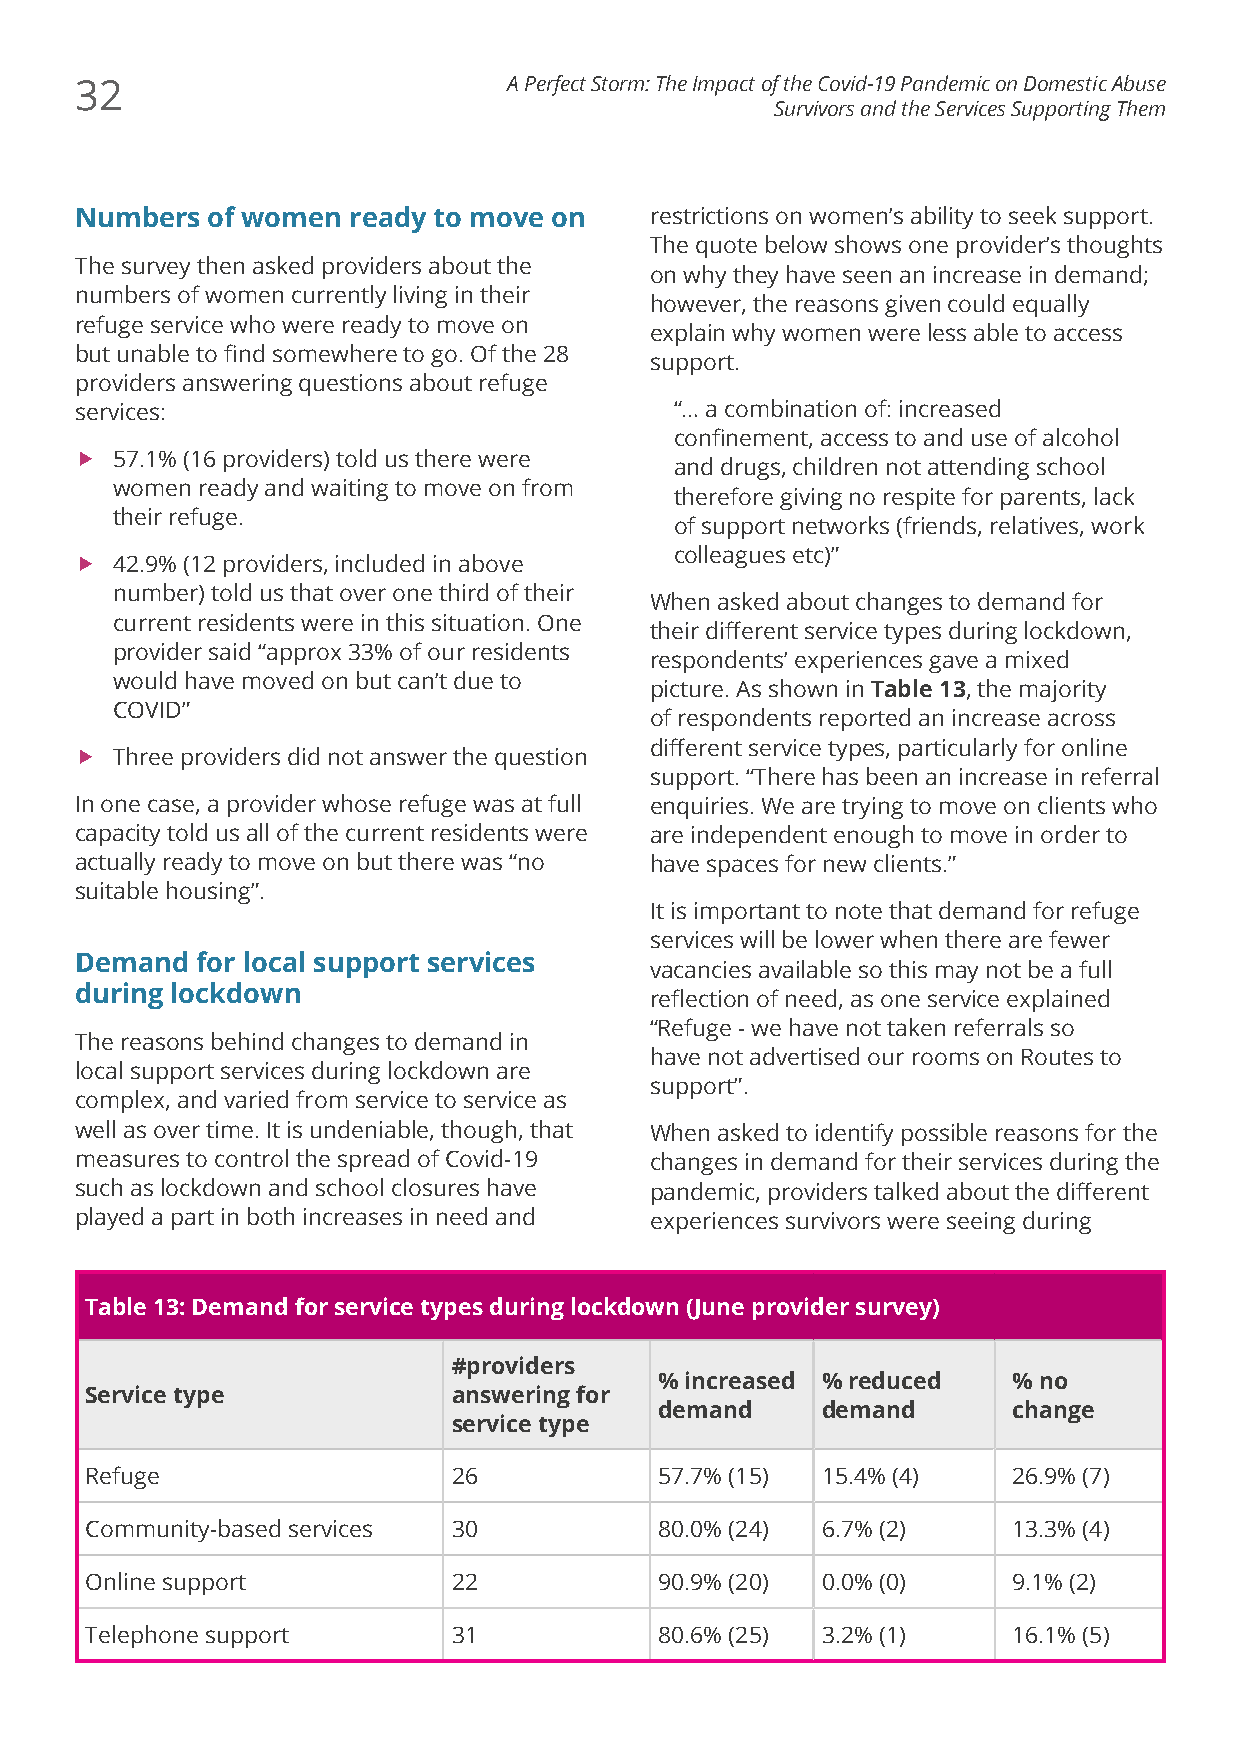
32                           A Perfect Storm: The Impact of the Covid-19 Pandemic on Domestic Abuse
 Survivors and the Services Supporting Them
 Numbers  of women ready to move on    restrictions on women’s ability to seek support.
 The quote below shows one provider’s thoughts
 The survey then asked providers about the
 on why they have seen an increase in demand;
 numbers of women currently living in their
 however, the reasons given could equally
 refuge service who were ready to move on
 explain why women were less able to access
 but unable to find somewhere to go. Of the 28
 support.
 providers answering questions about refuge
 services:                               “… a combination of: increased
 confinement, access to and use of alcohol
 f 57.1% (16 providers) told us there were
 and drugs, children not attending school
 women ready and waiting to move on from
 therefore giving no respite for parents, lack
 their refuge.
 of support networks (friends, relatives, work
 colleagues etc)”
 f 42.9% (12 providers, included in above
 number) told us that over one third of their
 When asked about changes to demand for
 current residents were in this situation. One
 their different service types during lockdown,
 provider said “approx 33% of our residents
 respondents’ experiences gave a mixed
 would have moved on but can’t due to
 picture. As shown in Table 13, the majority
 COVID”
 of respondents reported an increase across
 different service types, particularly for online
 f Three providers did not answer the question
 support. “There has been an increase in referral
 In one case, a provider whose refuge was at full enquiries. We are trying to move on clients who
 capacity told us all of the current residents were are independent enough to move in order to
 actually ready to move on but there was “no have spaces for new clients.”
 suitable housing”.
 It is important to note that demand for refuge
 services will be lower when there are fewer
 Demand  for local support services
 vacancies available so this may not be a full
 during lockdown                       reflection of need, as one service explained
 “Refuge - we have not taken referrals so
 The reasons behind changes to demand in
 have not advertised our rooms on Routes to
 local support services during lockdown are
 support”.
 complex, and varied from service to service as
 well as over time. It is undeniable, though, that When asked to identify possible reasons for the
 measures to control the spread of Covid-19 changes in demand for their services during the
 such as lockdown and school closures have pandemic, providers talked about the different
 played a part in both increases in need and experiences survivors were seeing during
 Table 13: Demand for service types during lockdown (June provider survey)
 #providers
 % increased % reduced  % no
 Service type            answering for
 demand    demand       change
 service type
 Refuge                  26            57.7% (15) 15.4% (4)   26.9% (7)
 Community-based services 30           80.0% (24) 6.7% (2)    13.3% (4)
 Online support          22            90.9% (20) 0.0% (0)    9.1% (2)
 Telephone support       31            80.6% (25) 3.2% (1)    16.1% (5)